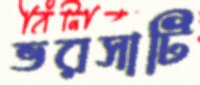
ভরসাটি